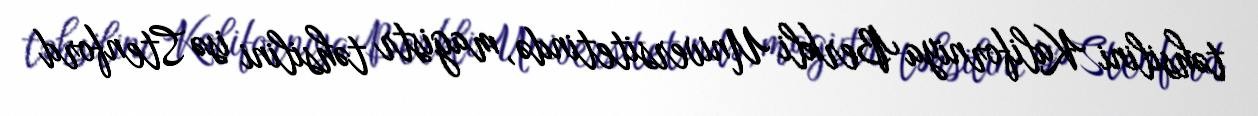
təhsilini Kaliforniya Berkli Universitetində, magistr təhsilini isə Stenford